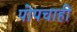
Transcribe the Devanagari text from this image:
पोपचाही